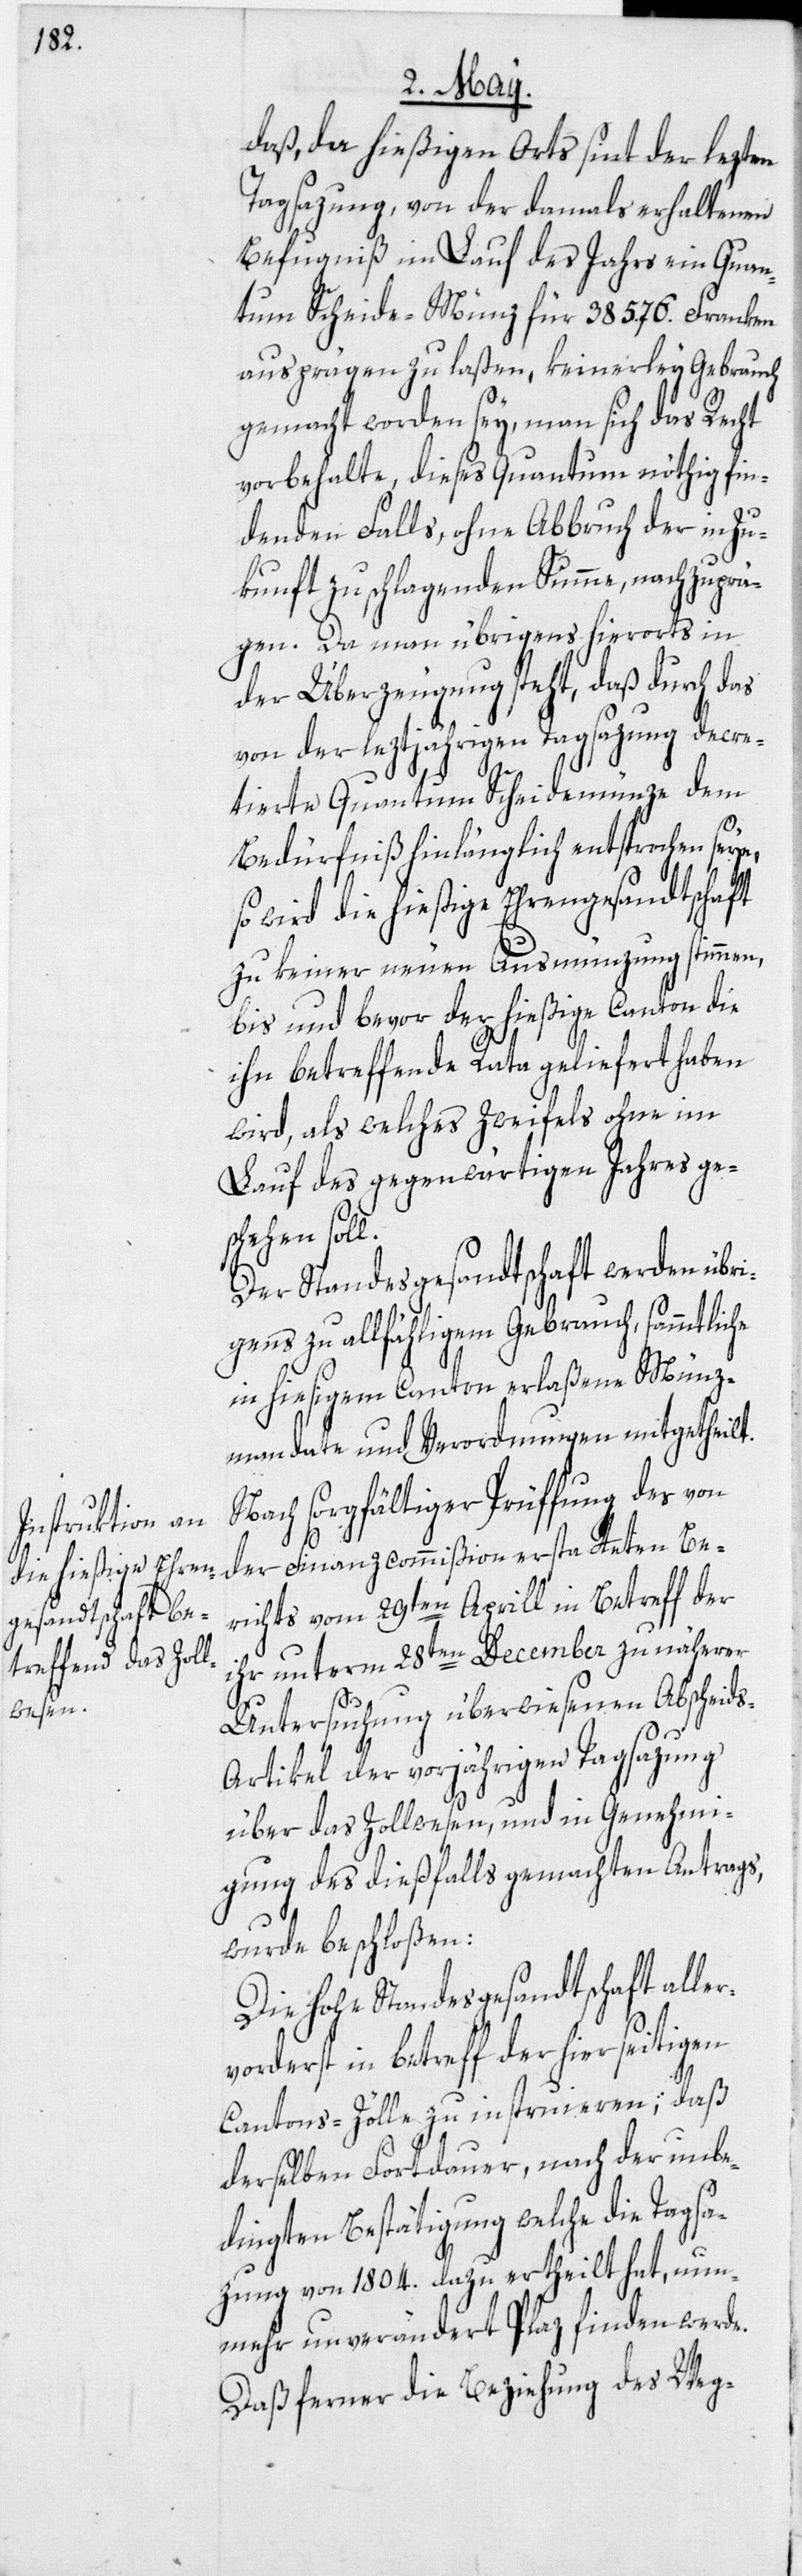
he

daß, da hießigen Orts sint der lezten
Tagsazung, von der damals erhaltenen
Befugniß im Lauf des Jahrs ein Quan¬
tum Scheide-Münz für 38 576. Franken
ausprägen zu laßen, keinerley Gebrauch
gemacht worden sey, man sich das Recht
vorbehalte, dieses Quantum nöthig fin¬
denden Falls, ohne Abbruch der in Zu¬
kunft zu schlagenden Summe, nachzuprä¬
gen. Da man übrigens hierorts in
der Überzeugung steht, daß durch das
von der leztjährigen Tagsazung decre¬
tierte Quantum Scheidemünze dem
Bedürfniß hinlänglich entsprochen seye,
wird die hießige Ehrengesandtschaft
zu keiner neuen Ausmünzung stimmen,
bis und bevor der hießige Canton die
ihn betreffende Rata geliefert haben
Lauf des gegenwärtigen Jahres ge¬
schehen soll.
hohe Standesgesandtschaft aller¬
gens zu allfähligem Gebrauch, sammtlic¬
in hiesigem Canton erlaßene Münz¬
mandate und Verordnungen mitgetheilt.
Nach sorgfältiger Prüffung des von
der Finanzcommißion erstatteten Be¬
richts vom 29ten Aprill in Betreff der
ihr unterm 28ten December zu näherer
Untersuchung überwiesenen Abscheid¬
s-Artikel der vorjährigen Tagsazung
über das Zollwesen, und in Genehmi¬
gung des dießfalls gemachten Antrags,
wurde beschloßen:
vorderst in betreff der hierseitigen
Cantons-Zölle zu instruieren; daß
derselben Fortdauer, nach der unbe¬
dingten Bestätigung welche die Tagsa¬
zung von 1804. dazu ertheilt hat, nun¬
mehr unverändert Plaz finden werde.
Daß ferner die Beziehung des Weg-